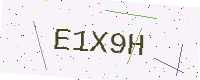
Text: E1X9H